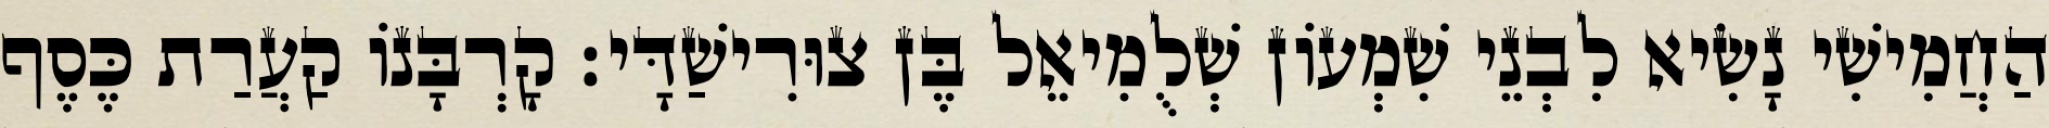
הַחֲמִישִׁי נָשִׂיא לִבְנֵי שִׁמְעוֹן שְׁלֻמִיאֵל בֶּן צוּרִישַׁדָּי׃ קָרְבָּנוֹ קַעֲרַת כֶּסֶף